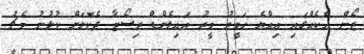
ޒޯން އެކެއްގައި އިއްޔެ ހަވީރު މީރު އައިލެންޑް ރިސޯޓާ ދެކޮޅަށް ކުޅުނު މެޗު